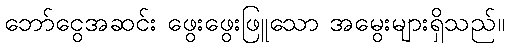
ဘော်ငွေအဆင်း ဖွေးဖွေးဖြူသော အမွေးများရှိသည်။